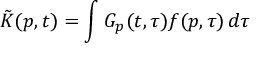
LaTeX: \tilde { K } ( p , t ) = \int G _ { p } ( t , \tau ) f ( p , \tau ) \, d \tau \: